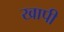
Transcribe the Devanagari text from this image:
खापी